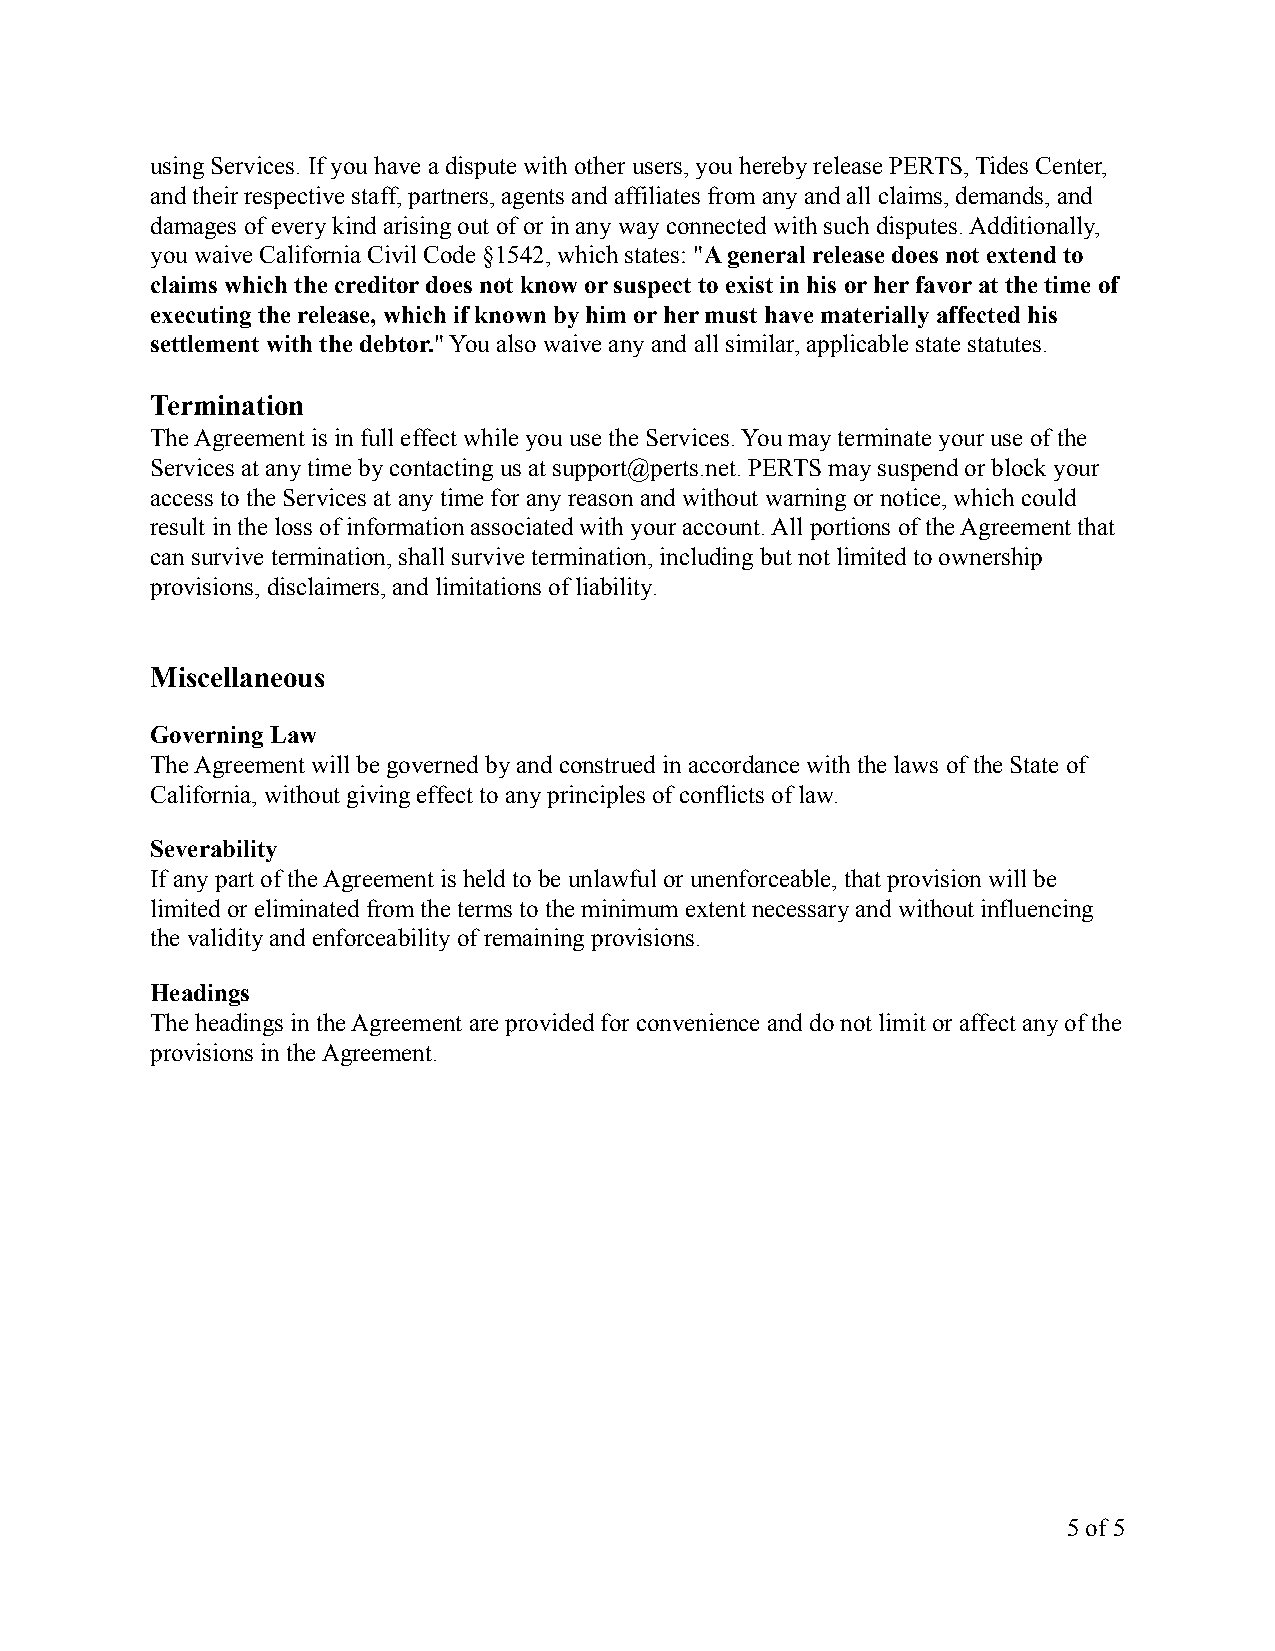
using Services. If you have a dispute with other users, you hereby release PERTS, Tides Center,
 and their respective staff, partners, agents and affiliates from any and all claims, demands, and
 damages of every kind arising out of or in any way connected with such disputes. Additionally,
 you waive California Civil Code §1542, which states: "A general release does not extend to
 claims which the creditor does not know or suspect to exist in his or her favor at the time of
 executing the release, which if known by him or her must have materially affected his
 settlement with the debtor." You also waive any and all similar, applicable state statutes.
 Termination
 The Agreement is in full effect while you use the Services. You may terminate your use of the
 Services at any time by contacting us at support@perts.net. PERTS may suspend or block your
 access to the Services at any time for any reason and without warning or notice, which could
 result in the loss of information associated with your account. All portions of the Agreement that
 can survive termination, shall survive termination, including but not limited to ownership
 provisions, disclaimers, and limitations of liability.
 Miscellaneous
 Governing Law
 The Agreement will be governed by and construed in accordance with the laws of the State of
 California, without giving effect to any principles of conflicts of law.
 Severability
 If any part of the Agreement is held to be unlawful or unenforceable, that provision will be
 limited or eliminated from the terms to the minimum extent necessary and without influencing
 the validity and enforceability of remaining provisions.
 Headings
 The headings in the Agreement are provided for convenience and do not limit or affect any of the
 provisions in the Agreement.
 5of5